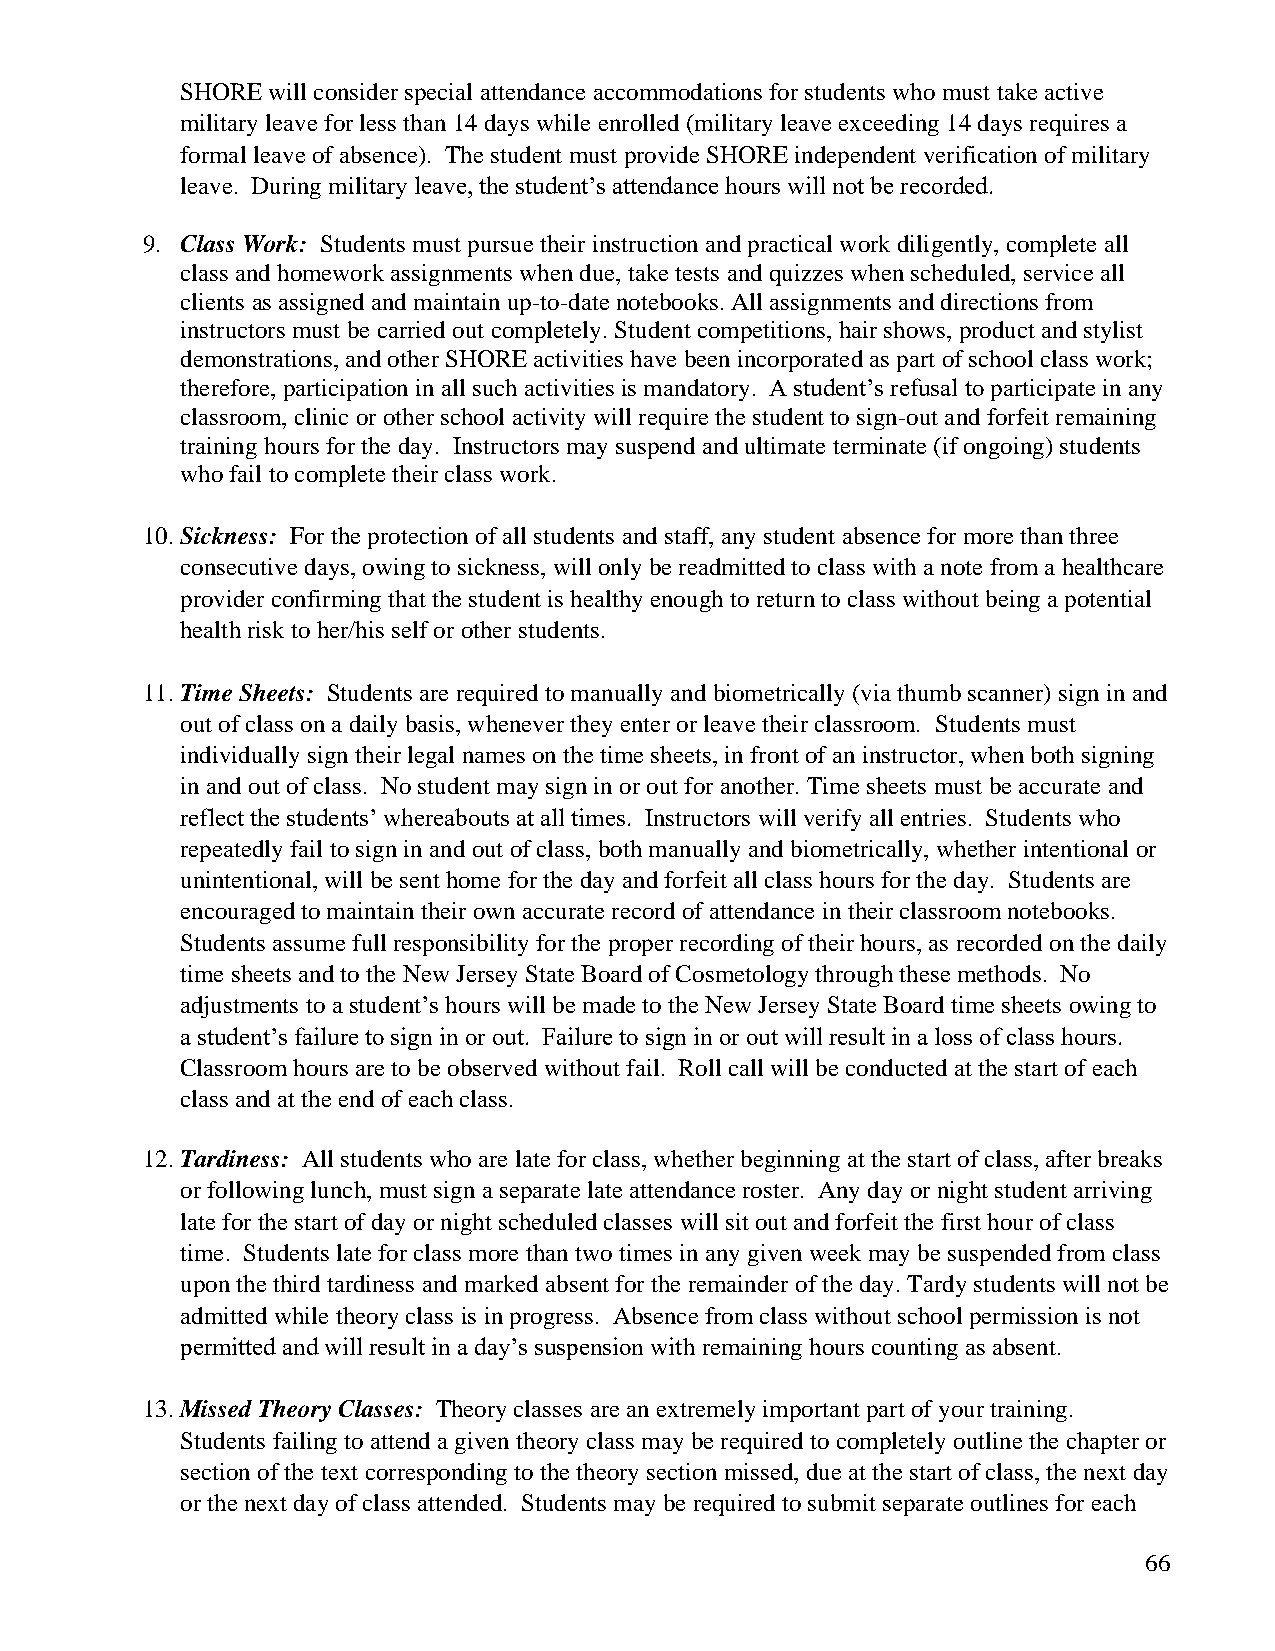
SHORE will consider special attendance accommodations for students who must take active
 military leave for less than 14 days while enrolled (military leave exceeding 14 days requires a
 formal leave of absence). The student must provide SHORE independent verification of military
 leave. During military leave, the student’s attendance hours will not be recorded.
 9. Class Work: Students must pursue their instruction and practical work diligently, complete all
 class and homework assignments when due, take tests and quizzes when scheduled, service all
 clients as assigned and maintain up-to-date notebooks. All assignments and directions from
 instructors must be carried out completely. Student competitions, hair shows, product and stylist
 demonstrations, and other SHORE activities have been incorporated as part of school class work;
 therefore, participation in all such activities is mandatory. A student’s refusal to participate in any
 classroom, clinic or other school activity will require the student to sign-out and forfeit remaining
 training hours for the day. Instructors may suspend and ultimate terminate (if ongoing) students
 who fail to complete their class work.
 10. Sickness: For the protection of all students and staff, any student absence for more than three
 consecutive days, owing to sickness, will only be readmitted to class with a note from a healthcare
 provider confirming that the student is healthy enough to return to class without being a potential
 health risk to her/his self or other students.
 11. Time Sheets: Students are required to manually and biometrically (via thumb scanner) sign in and
 out of class on a daily basis, whenever they enter or leave their classroom. Students must
 individually sign their legal names on the time sheets, in front of an instructor, when both signing
 in and out of class. No student may sign in or out for another. Time sheets must be accurate and
 reflect the students’ whereabouts at all times. Instructors will verify all entries. Students who
 repeatedly fail to sign in and out of class, both manually and biometrically, whether intentional or
 unintentional, will be sent home for the day and forfeit all class hours for the day. Students are
 encouraged to maintain their own accurate record of attendance in their classroom notebooks.
 Students assume full responsibility for the proper recording of their hours, as recorded on the daily
 time sheets and to the New Jersey State Board of Cosmetology through these methods. No
 adjustments to a student’s hours will be made to the New Jersey State Board time sheets owing to
 a student’s failure to sign in or out. Failure to sign in or out will result in a loss of class hours.
 Classroom hours are to be observed without fail. Roll call will be conducted at the start of each
 class and at the end of each class.
 12. Tardiness: All students who are late for class, whether beginning at the start of class, after breaks
 or following lunch, must sign a separate late attendance roster. Any day or night student arriving
 late for the start of day or night scheduled classes will sit out and forfeit the first hour of class
 time. Students late for class more than two times in any given week may be suspended from class
 upon the third tardiness and marked absent for the remainder of the day. Tardy students will not be
 admitted while theory class is in progress. Absence from class without school permission is not
 permitted and will result in a day’s suspension with remaining hours counting as absent.
 13. Missed Theory Classes: Theory classes are an extremely important part of your training.
 Students failing to attend a given theory class may be required to completely outline the chapter or
 section of the text corresponding to the theory section missed, due at the start of class, the next day
 or the next day of class attended. Students may be required to submit separate outlines for each
 66